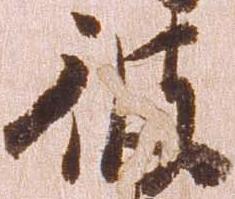
彼